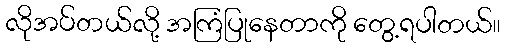
လိုအပ်တယ်လို့ အကြံပြုနေတာကို တွေ့ရပါတယ်။